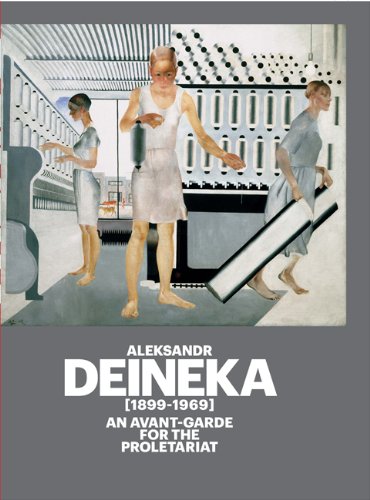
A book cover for ALEKSANDR DEINEKA (1899-1969): An Avant-Garde for the Proletariat; Alessandro De Magistris; Arts & Photography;